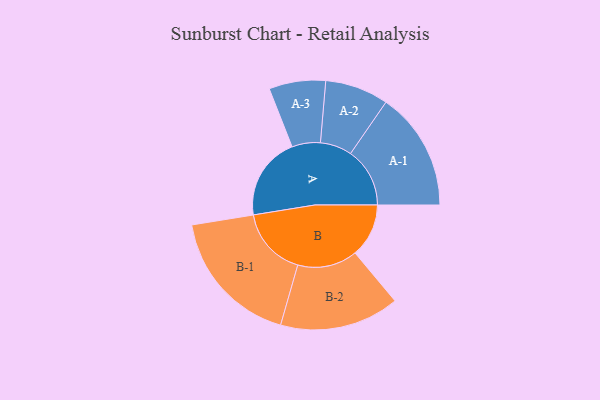
{"axis": {"x": "Segment", "y": "Value"}, "legend": ["", "A", "B"], "data": [{"x": "A", "y": 338, "type": ""}, {"x": "B", "y": 218, "type": ""}, {"x": "A-1", "y": 241, "type": "A"}, {"x": "A-2", "y": 129, "type": "A"}, {"x": "A-3", "y": 115, "type": "A"}, {"x": "B-1", "y": 282, "type": "B"}, {"x": "B-2", "y": 243, "type": "B"}]}